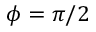
\phi = \pi / 2